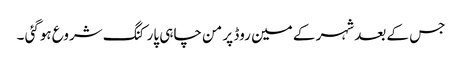
جس کے بعد شہر کے مین روڈ پر من چاہی پارکنگ شروع ہوگئی ۔